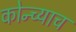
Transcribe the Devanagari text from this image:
कोन्च्याच